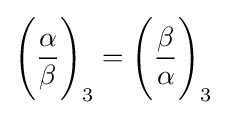
{\Bigg (}{\frac {\alpha }{\beta }}{\Bigg )}_{3}={\Bigg (}{\frac {\beta }{\alpha }}{\Bigg )}_{3}